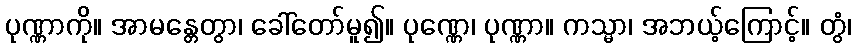
ပုဏ္ဏာကို။ အာမန္တေတွာ၊ ခေါ်တော်မူ၍။ ပုဏ္ဏေ၊ ပုဏ္ဏာ။ ကသ္မာ၊ အဘယ့်ကြောင့်။ တွံ၊